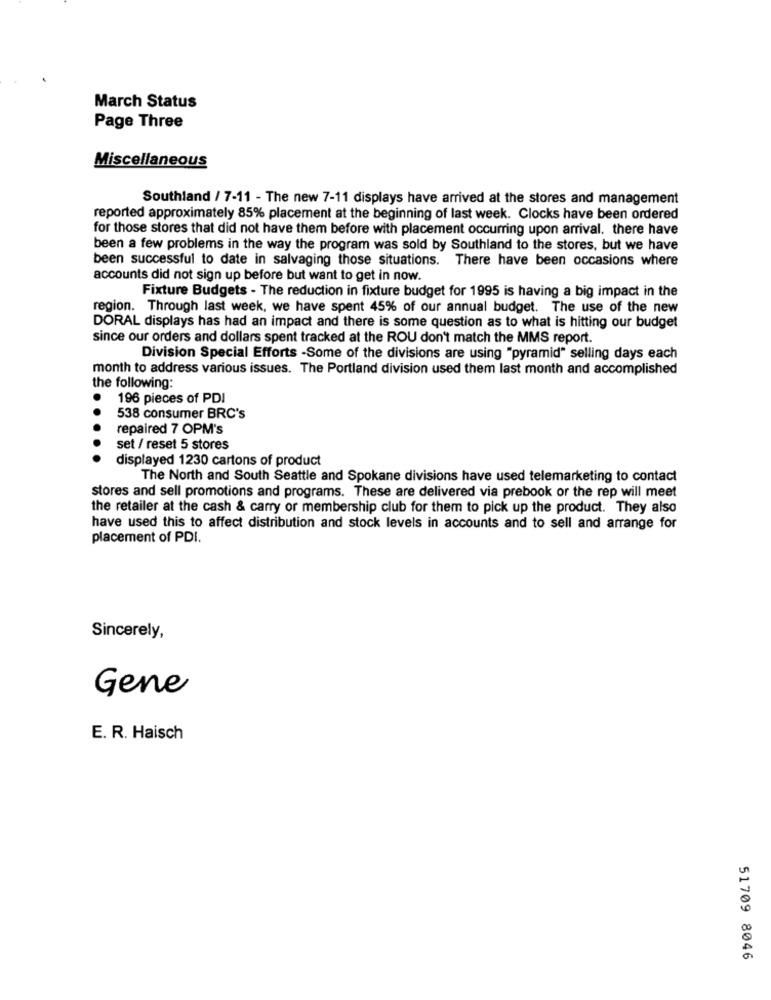
March Status
Page Three
Miscellaneous
Southland / 7-11 - The new 7-11 displays have arrived at the stores and management
reported approximately 85% placement at the beginning of last week. Clocks have been ordered
for those stores that did not have them before with placement occurring upon arrival. there have
been a few problems in the way the program was sold by Southland to the stores, but we have
been successful to date in salvaging those situations. There have been occasions where
accounts did not sign up before but want to get in now.
Fixture Budgets - The reduction in fixture budget for 1995 is having a big impact in the
region. Through last week, we have spent 45% of our annual budget. The use of the new
DORAL displays has had an impact and there is some question as to what is hitting our budget
since our orders and dollars spent tracked at the ROU don't match the MMS report.
Division Special Efforts -Some of the divisions are using "pyramid" selling days each
month to address various issues. The Portland division used them last month and accomplished
the following:
196 pieces of PDI
538 consumer BRC's
repaired 7 OPM's
set / reset 5 stores
displayed 1230 cartons of product
The North and South Seattle and Spokane divisions have used telemarketing to contact
stores and sell promotions and programs. These are delivered via prebook or the rep will meet
the retailer at the cash & carry or membership club for them to pick up the product. They also
have used this to affect distribution and stock levels in accounts and to sell and arrange for
placement of PDI.
Sincerely,
Gene
E. R. Haisch
51709 8046